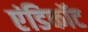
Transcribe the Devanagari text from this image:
एंडिकॉट